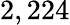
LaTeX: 2,224